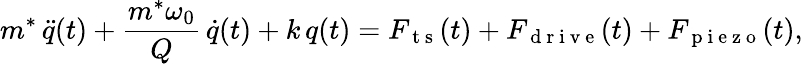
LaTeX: m^{*}\, \ddot{q}(t)+\frac{m^{*}\omega_{0}}{Q}\, \dot{q}(t)+k\, q(t)=F_{\mathrm{~t~s~}}(t)+F_{\mathrm{~d~r~i~v~e~}}(t)+F_{\mathrm{~p~i~e~z~o~}}(t),